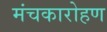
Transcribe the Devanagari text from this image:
मंचकारोहण